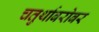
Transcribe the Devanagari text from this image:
चतुर्थाबरोबर